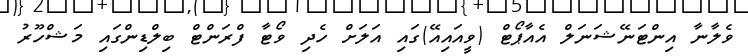
ވެލާނާ އިންޓަނޭޝަނަލް އެއާޕޯޓް (ވީއައިއޭ)ގައި އަލަށް ހެދި ވޯޓާ ފްރަންޓް ބިލްޑިންގައި މަޝްހޫރު